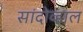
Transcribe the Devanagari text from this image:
सांदोव्हाल